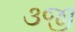
૩જી